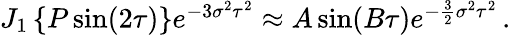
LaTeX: \begin{array}{r}{J_{1}\left\{ P\sin(2\tau)\right\} e^{-3\sigma^{2}\tau^{2}}\approx A\sin(B\tau)e^{-\frac{3}{2}\sigma^{2}\tau^{2}}\, .}\end{array}